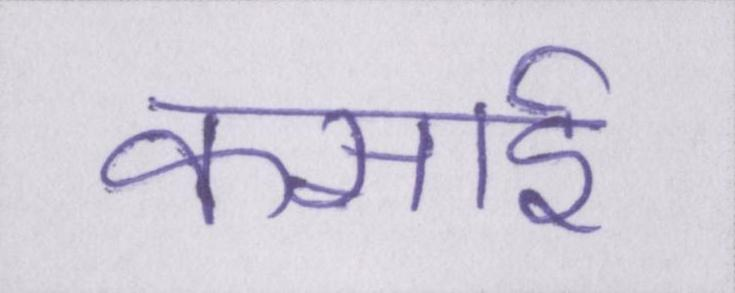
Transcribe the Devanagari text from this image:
कसाई